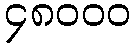
၄၈၀၀၀